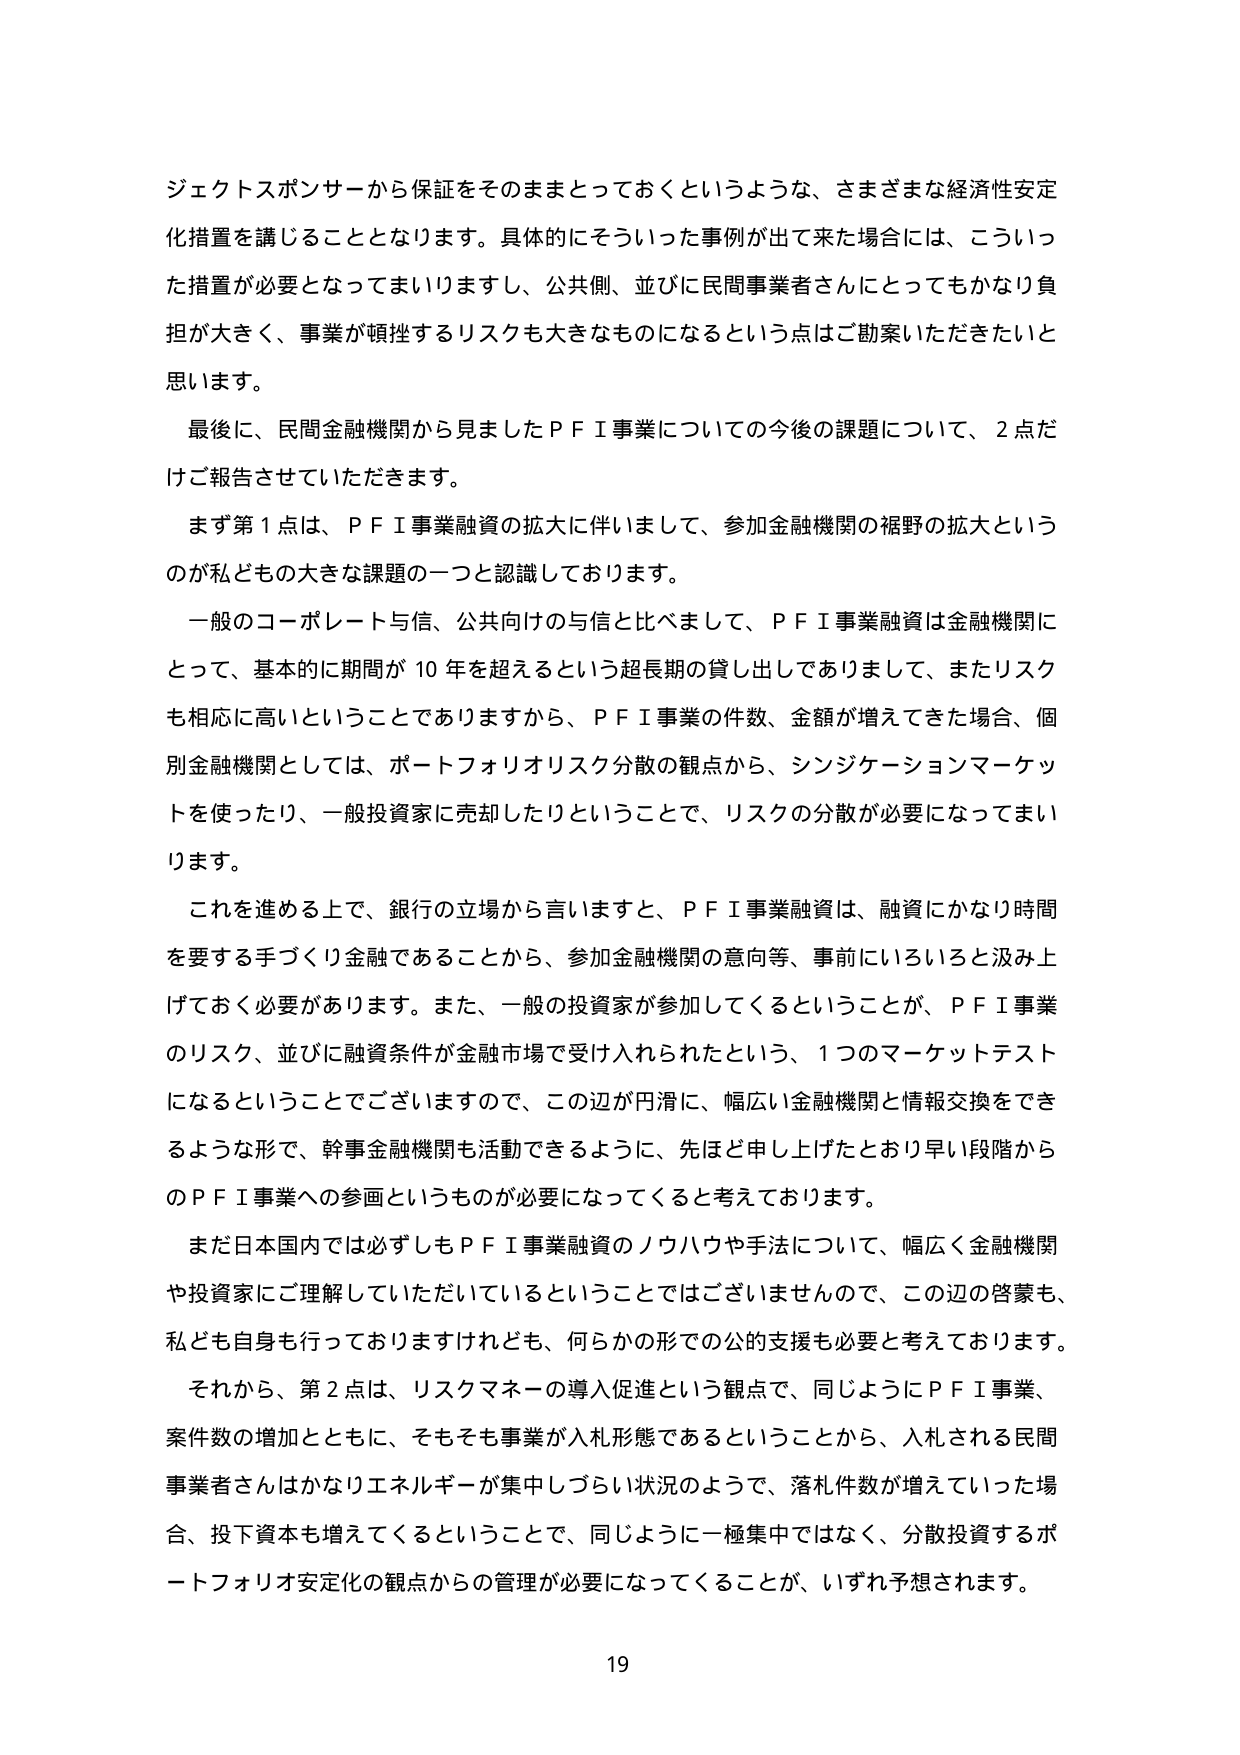
ジェクトスポンサーから保証をそのままとっておくというような、さまざまな経済性安定化措置を講じることとなります。具体的にそういった事例が出て来た場合には、こういった措置が必要となってまいりますし、公共側、並びに民間事業者さんにとってもかなり負担が大きく、事業が頓挫するリスクも大きなものになるという点はご勘案いただきたいと思います。

最後に、民間金融機関から見ましたＰＦＩ事業についての今後の課題について、２点だけご報告させていただきます。

まず第１点は、ＰＦＩ事業融資の拡大に伴いまして、参加金融機関の裾野の拡大というのが私どもの大きな課題の一つと認識しております。

一般のコーポレート与信、公共向けの与信と比べまして、ＰＦＩ事業融資は金融機関にとって、基本的に期間が10年を超えるという超長期の貸し出しでありまして、またリスクも相応に高いということでありますから、ＰＦＩ事業の件数、金額が増えてきた場合、個別金融機関としては、ポートフォリオリスク分散の観点から、シンジケーションマーケットを使ったり、一般投資家に売却したりということで、リスクの分散が必要になってまいります。

これを進める上で、銀行の立場から言いますと、ＰＦＩ事業融資は、融資にかなり時間を要する手づくり金融であることから、参加金融機関の意向等、事前にいろいろと汲み上げておく必要があります。また、一般の投資家が参加してくるということが、ＰＦＩ事業のリスク、並びに融資条件が金融市場で受け入れられたという、１つのマーケットテストになるということでございますので、この辺が円滑に、幅広い金融機関と情報交換をできるような形で、幹事金融機関も活動できるように、先ほど申し上げたとおり早い段階からのＰＦＩ事業への参画というものが必要になってくると考えております。

まだ日本国内では必ずしもＰＦＩ事業融資のノウハウや手法について、幅広く金融機関や投資家にご理解していただいているということではございませんので、この辺の啓蒙も、私ども自身も行っておりますけれども、何らかの形での公的支援も必要と考えております。

それから、第２点は、リスクマネーの導入促進という観点で、同じようにＰＦＩ事業、案件数の増加とともに、そもそも事業が入札形態であるということから、入札される民間事業者さんはかなりエネルギーが集中しづらい状況のようで、落札件数が増えていった場合、投下資本も増えてくるということで、同じように一極集中ではなく、分散投資するポートフォリオ安定化の観点からの管理が必要になってくることが、いずれ予想されます。

19